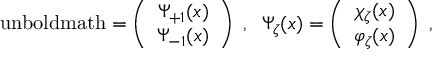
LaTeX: \mathrm { \boldmath ~ \Psi ~ \ u n b o l d m a t h } = \left( \begin{array} { c } { { \Psi _ { + 1 } ( x ) } } \\ { { \Psi _ { - 1 } ( x ) } } \end{array} \right) \; , \; \; \Psi _ { \zeta } ( x ) = \left( \begin{array} { c } { { \chi _ { \zeta } ( x ) } } \\ { { \varphi _ { \zeta } ( x ) } } \end{array} \right) \; ,